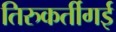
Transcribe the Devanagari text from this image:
तिरुकर्तीगई